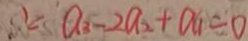
\because a _ { 3 } - 2 a _ { 2 } + a _ { 1 } = 0